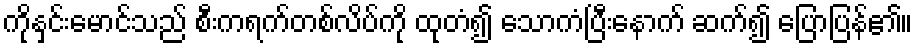
ကိုနှင်းမောင်သည် စီးကရက်တစ်လိပ်ကို ထုတံ၍ သောကံပြီးနောက် ဆက်၍ ပြောပြန်၏။